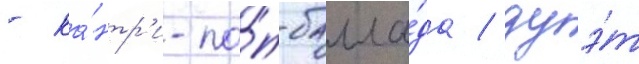
- ка́нтр'и-по́п-балла́да / дуэ́т